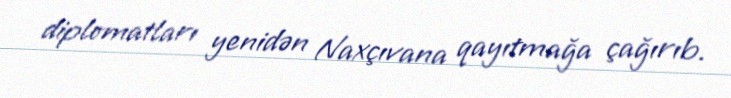
diplomatları yenidən Naxçıvana qayıtmağa çağırıb.